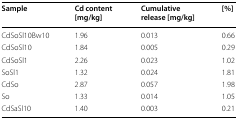
| Sample | Cd content [mg/kg] | Cumulative release [mg/kg] | [%] |
 | --- | --- | --- | --- |
 | CdSoSl10Bw10 | 1.96 | 0.013 | 0.66 |
 | CdSoSl10 | 1.84 | 0.005 | 0.29 |
 | CdSoSl1 | 2.26 | 0.023 | 1.02 |
 | SoSl1 | 1.32 | 0.024 | 1.81 |
 | CdSo | 2.87 | 0.057 | 1.98 |
 | So | 1.33 | 0.014 | 1.05 |
 | CdSaSl10 | 1.40 | 0.003 | 0.21 |